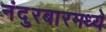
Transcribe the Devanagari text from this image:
नंदुरबारमध्ये